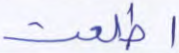
اطلعت